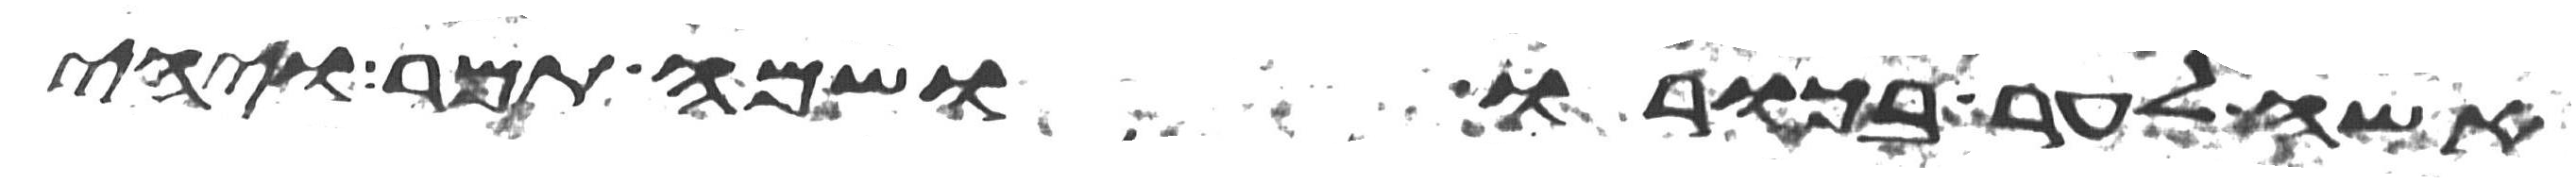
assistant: אשה לער בכורו ושמה תמר ויהי